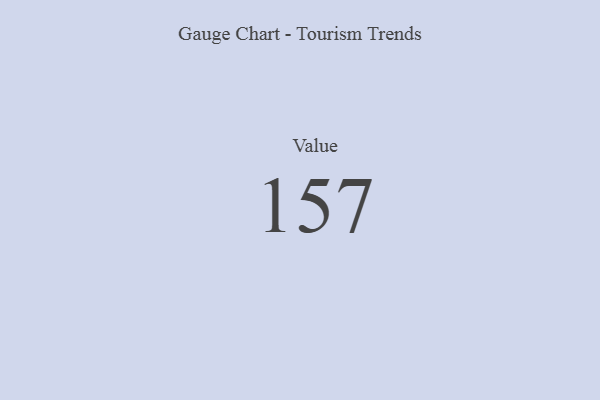
{"axis": {"x": "Metric", "y": "Value"}, "legend": [""], "data": [{"x": "Value", "y": 157, "type": ""}]}